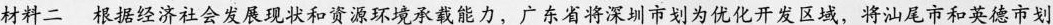
材料二根据经济社会发展现状和资源环境承载能力，广东省将深圳市划